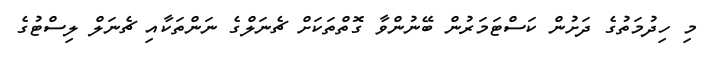
މި ހިދުމަތުގެ ދަށުން ކަސްޓަމަރުން ބޭނުންވާ ގޮތްތަކަށް ޗެނަލްގެ ނަންތަކާއި ޗެނަލް ލިސްޓުގެ